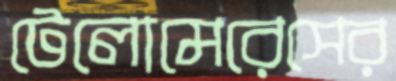
টেলোমেরেসের